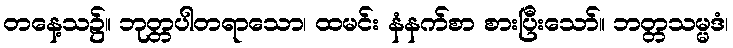
တနေ့သ၌။ ဘုတ္တပါတရာသော၊ ထမင်း နံနက်စာ စားပြီးသော်။ ဘတ္တသမ္မဒံ၊